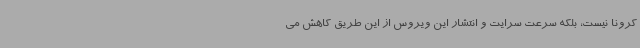
کرونا نیست، بلکه سرعت سرایت و انتشار این ویروس از این طریق کاهش می